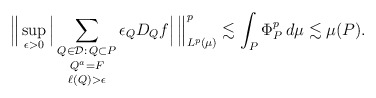
\begin{align*}\Big\| \sup_{\epsilon > 0} \Big| \mathop{\mathop{\sum_{Q \in \mathcal{D}:\, Q \subset P}}_{Q^a = F}}_{\ell(Q) > \epsilon} \epsilon_Q D_Q f \Big|\, \Big\|_{L^p(\mu)}^p\lesssim \int_P \Phi_P^p\,d\mu \lesssim \mu(P).\end{align*}